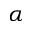
\alpha